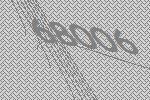
68006